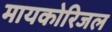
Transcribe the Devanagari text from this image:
मायकोरिजल